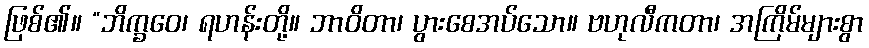
ဖြစ်၏။ “ဘိက္ခဝေ၊ ရဟန်းတို့။ ဘာဝိတာ၊ ပွားစေအပ်သော။ ဗဟုလီကတာ၊ အကြိမ်များစွာ